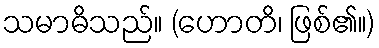
သမာဓိသည်။ (ဟောတိ၊ ဖြစ်၏။)